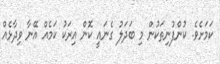
ކަމަށެވެ. ކުންފުނިތަކުން މި ބަދަލު ގެނައީ ކޮން އިރަކު ކަމެއް އޭނާ ވިދާޅެއް